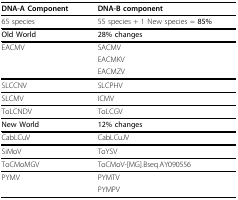
<table><thead><tr><td><b>DNA-A Component</b></td><td><b>DNA-B component</b></td></tr></thead><tbody><tr><td>65 species</td><td>55 species + 1 New species = <b>85%</b></td></tr><tr><td><b>Old World</b></td><td><b>28% changes</b></td></tr><tr><td>EACMV</td><td>SACMV</td></tr><tr><td></td><td>EACMKV</td></tr><tr><td></td><td>EACMZV</td></tr><tr><td>SLCCNV</td><td>SLCPHV</td></tr><tr><td>SLCMV</td><td>ICMV</td></tr><tr><td>ToLCNDV</td><td>ToLCGV</td></tr><tr><td><b>New World</b></td><td><b>12% changes</b></td></tr><tr><td>CabLCuV</td><td>CabLCuJV</td></tr><tr><td>SiMoV</td><td>ToYSV</td></tr><tr><td>ToCMoMGV</td><td>ToCMoV-[MG].Bseq.AY090556</td></tr><tr><td>PYMV</td><td>PYMTV</td></tr><tr><td></td><td>PYMPV</td></tr></tbody></table>